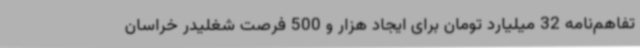
تفاهم‌نامه 32 میلیارد تومان برای ایجاد هزار و 500 فرصت شغلیدر خراسان